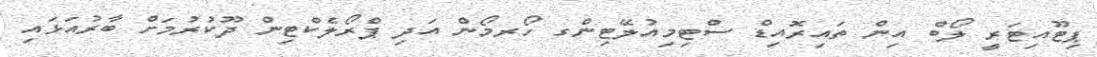
ޕިޓޫއިޓަރީ ލޯބް އިން ތައިރޮއިޑް ސްޓިމިއުލޭޓިންގ ހޯރމޯން އަދި ޕްރޯލެކްޓިން ދޫކުރުމަށް ބާރުއަޅައި